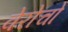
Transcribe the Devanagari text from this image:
वेरोचो